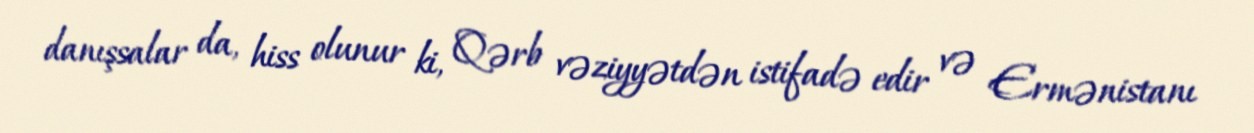
danışsalar da, hiss olunur ki, Qərb vəziyyətdən istifadə edir və Ermənistanı